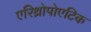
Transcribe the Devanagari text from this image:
एरिथ्रोपोएटिक